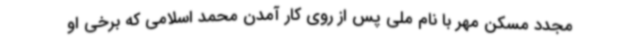
مجدد مسکن مهر با نام ملی پس از روی کار آمدن محمد اسلامی که برخی او